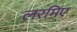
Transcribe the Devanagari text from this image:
लरमिए